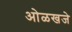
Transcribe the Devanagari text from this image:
ओळखजे